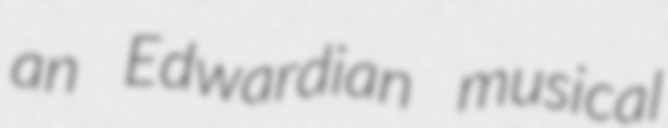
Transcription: an Edwardian musical